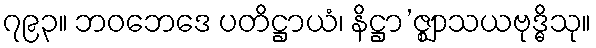
၇၉၃။ ဘဝဘေဒေ ပတိဋ္ဌာယံ၊ နိဋ္ဌာ’ဇ္ဈာသယဗုဒ္ဓိသု။